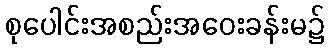
စုပေါင်းအစည်းအဝေးခန်းမ၌